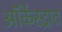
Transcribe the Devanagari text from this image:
ऑर्केस्ट्रात